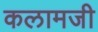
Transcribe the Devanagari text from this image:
कलामजी